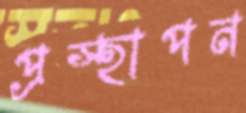
প্রস্হাপন